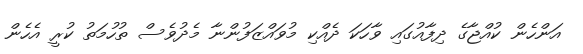
އަންހެން ކުއްޖާގެ ދިފާއުގައި ވާހަކަ ދެއްކި މުވައްޒަފުންނާ މެދުވެސް ތުހުމަތު ކުރީ އެހެން